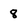
Character: 8